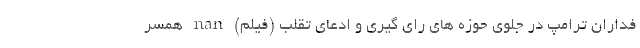
فداران ترامپ در جلوی حوزه های رای گیری و ادعای تقلب (فیلم) nan همسر